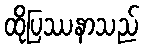
ထိုပြဿနာသည်